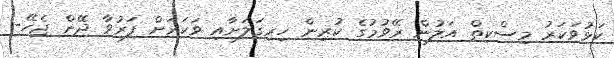
ކަޅުވަކަރު މިސްކިތް އަލުން ރޭވުމުގެ ކުރިން ހިރިގަލަށާއި ވަކަރަށް ފަރުވާ ދޭން ޖެހޭ-